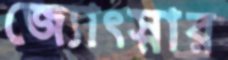
জ্যোৎস্নার